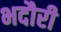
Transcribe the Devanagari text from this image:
भदौरी